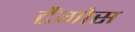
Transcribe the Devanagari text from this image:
टैंगोस